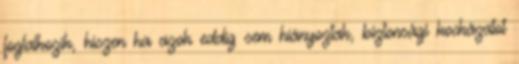
foglalkozik, hiszen ha azok eddig sem hiányoztak, biztonsági kockázatot